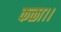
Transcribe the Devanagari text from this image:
कळा।।